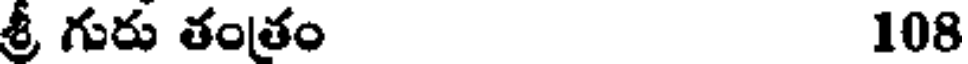
శ్రీ గురు తంతం 108